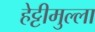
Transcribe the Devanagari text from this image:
हेट्टीमुल्ला